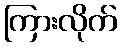
ကြားလိုက်